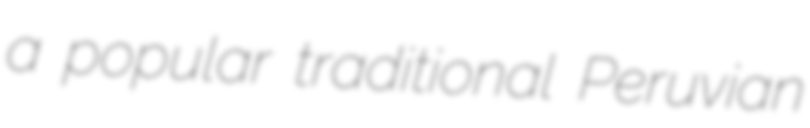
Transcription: a popular traditional Peruvian